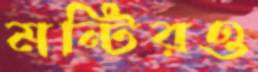
মন্টিরও